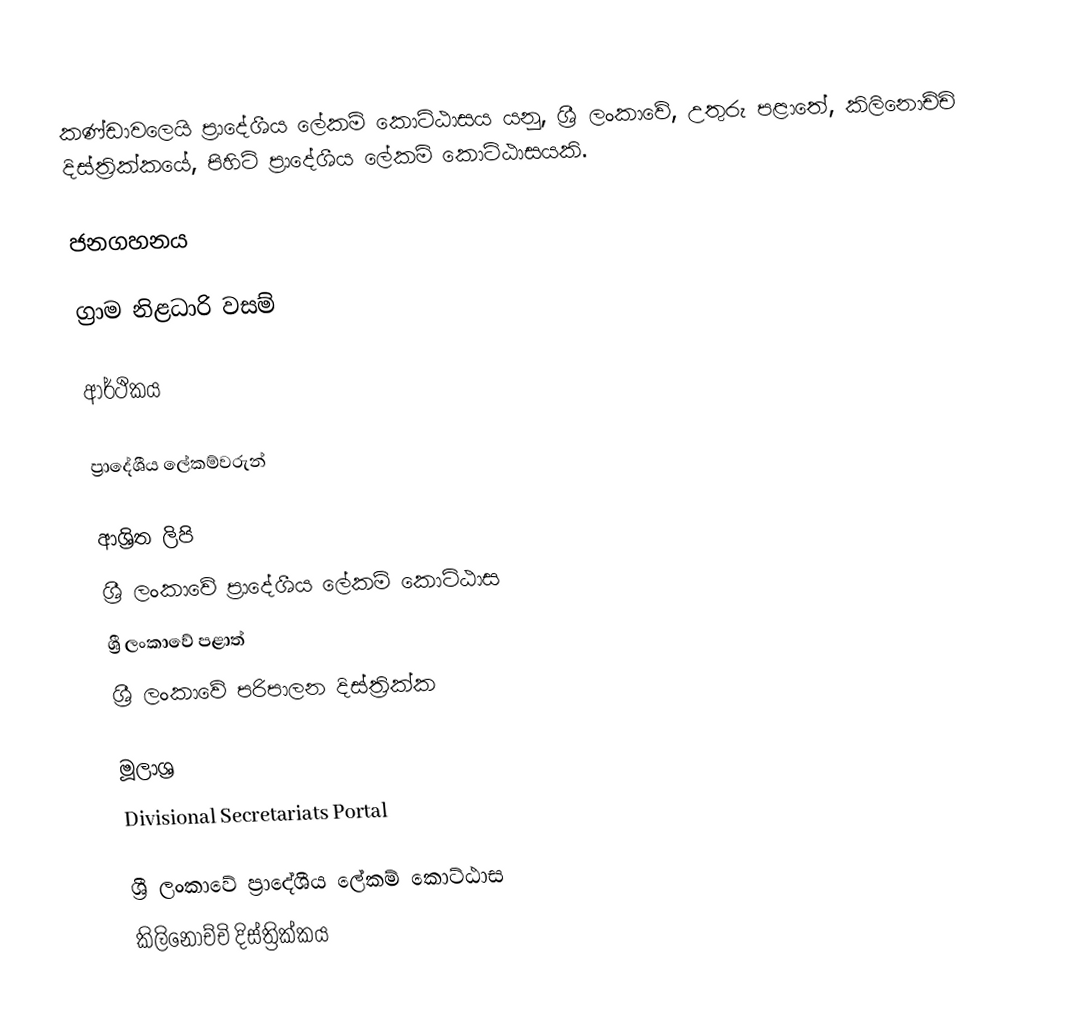
කණ්ඩාවලෙයි ප්‍රාදේශීය ලේකම් කොට්ඨාසය යනු,  ශ්‍රී ලංකාවේ, උතුරු පළාතේ,   කිලිනොච්චි දිස්ත්‍රික්කයේ, පිහිටි ප්‍රාදේශීය ලේකම් කොට්ඨාසයකි.

ජනගහනය

ග්‍රාම නිළධාරි වසම්

ආර්ථිකය

ප්‍රාදේශීය ලේකම්වරුන්

ආශ්‍රිත ලිපි
ශ්‍රී ලංකාවේ ප්‍රාදේශීය ලේකම් කොට්ඨාස
ශ්‍රී ලංකාවේ පළාත්
ශ්‍රී ලංකාවේ පරිපාලන දිස්ත්‍රික්ක

මූලාශ්‍ර
 Divisional Secretariats Portal

ශ්‍රී ලංකාවේ ප්‍රාදේශීය ලේකම් කොට්ඨාස
කිලිනොච්චි දිස්ත්‍රික්කය